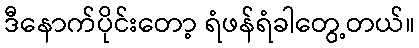
ဒီနောက်ပိုင်းတော့ ရံဖန်ရံခါတွေ့တယ်။